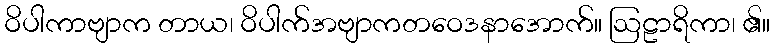
ဝိပါကာဗျာက တာယ၊ ဝိပါက်အဗျာကတဝေဒနာအောက်။ ဩဠာရိကာ၊ ၏။